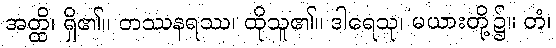
အတ္ထိ၊ ရှိ၏။ တဿနရဿ၊ ထိုသူ၏။ ဒါရေသု၊ မယားတို့၌။ တံ၊